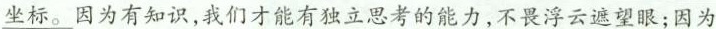
坐标。因为有知识，我们才能有独立思考的能力，不畏浮云遮望眼；因为